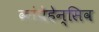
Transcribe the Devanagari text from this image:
कांप्रेहेन्सिव